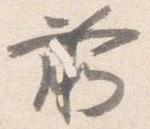
前